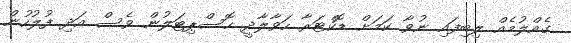
ގެއްލުމެއް ލިބިފައި ނުވާ ކަމަށް ޑޮކްޓަރާ ހަވާލާދީ ހޮސްޕިޓަލުން ވެސް އަދި ފުލުހުން